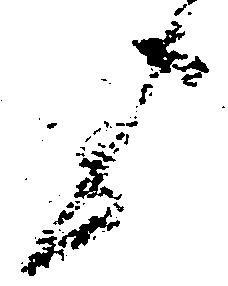
上